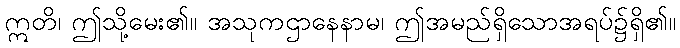
ဣတိ၊ ဤသို့မေး၏။ အသုကဌာနေနာမ၊ ဤအမည်ရှိသောအရပ်၌ရှိ၏။